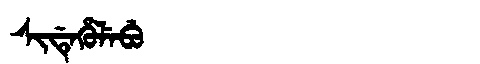
Manchu: ᠰᡳᡩᡝᡥᡠᠯᡝᠪᡠ
Romanization: SIDEHULEBU